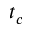
t _ { c }